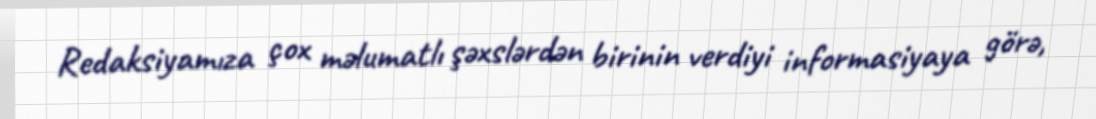
Redaksiyamıza çox məlumatlı şəxslərdən birinin verdiyi informasiyaya görə,